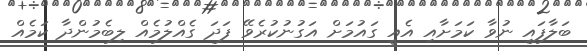
ބަލާފައި ނުވާ ކަމަށާއި އެއީ ގައުމަށް އަގުނުކުރެވޭ ފަދަ ގެއްލުމެއް ލިބެމުންދާ ކަމެއް